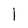
Character: 1